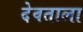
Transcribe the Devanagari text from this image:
देवताला